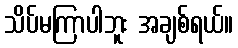
သိပ်မကြာပါဘူး အချစ်ရယ်။